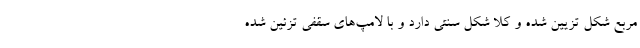
مربع شکل تزیین شده و کلاً شکل سنتی دارد و با لامپ‌های سقفی تزئین شده